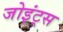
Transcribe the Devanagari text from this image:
जोइंट्स